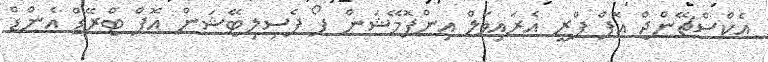
އެކްސްޗޭންޖް އޮފް ޕްރީ އެރައިވަލް އިިންފޮމޭޝަން ފޯ ފެސިލިޓޭޝަން އޮފް ޓްރޭޑް އެންޑް